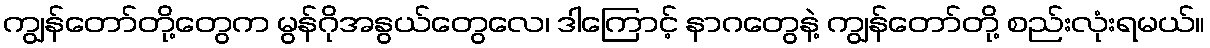
ကျွန်တော်တို့တွေက မွန်ဂိုအနွယ်တွေလေ၊ ဒါကြောင့် နာဂတွေနဲ့ ကျွန်တော်တို့ စည်းလုံးရမယ်။